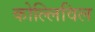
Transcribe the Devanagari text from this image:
कोल्लिविल